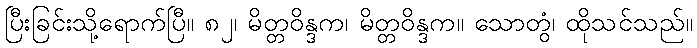
ပြီးခြင်းသို့ရောက်ပြီ။ ၈၂၊ မိတ္တဝိန္ဒက၊ မိတ္တဝိန္ဒက။ သောတွံ၊ ထိုသင်သည်။